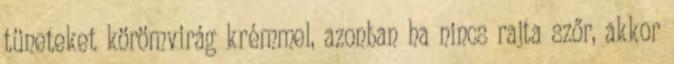
tüneteket körömvirág krémmel, azonban ha nincs rajta szőr, akkor